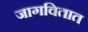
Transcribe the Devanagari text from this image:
जागवितात